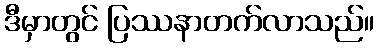
ဒီမှာတွင် ပြဿနာတက်လာသည်။